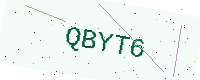
Text: QBYT6